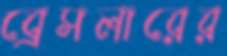
ব্রেসলারের